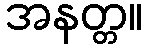
အနတ္တ။